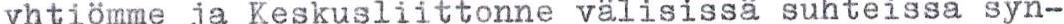
yhtiömme ja Keskusliittonne välisissä suhteissa syn-